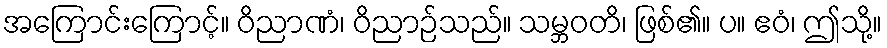
အကြောင်းကြောင့်။ ဝိညာဏံ၊ ဝိညာဉ်သည်။ သမ္ဘဝတိ၊ ဖြစ်၏။ ပ။ ဧဝံ၊ ဤသို့။